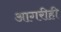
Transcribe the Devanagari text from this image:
आगरीही